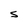
Character: S